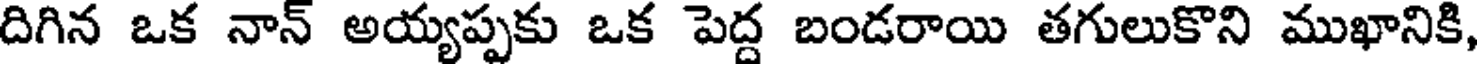
దిగిన ఒక నాన్ అయ్యప్పకు ఒక పెద్ద బండరాయి తగులుకొని ముఖానికి,